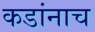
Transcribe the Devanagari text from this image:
कडांनाच